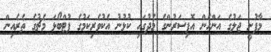
މާފުށީ ޖަލުގެ އަންހެން އޮފިސަރުންގެ މެދުގައި ކުޅުނު އެކުވެރިކަމުގެ ފުޓްބޯޅަ މެޗުގެ ތެރެއިން